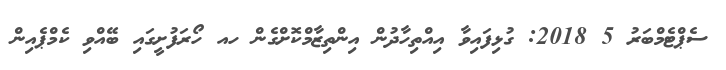
ސެޕްޓެމްބަރު 5 2018: ގުޅިފައިވާ އިއްތިހާދުން އިންތިޒާމްކޮށްގެން ހއ ހޯރަފުށީގައި ބޭއްވި ކެމްޕެއިން